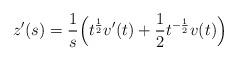
LaTeX: \begin{align*} z'(s)= \frac {1} {s} \Bigl( t^{\frac {1} {2}} v'(t) + \frac {1} {2} t^{- \frac {1} {2}} v(t) \Bigr)\end{align*}